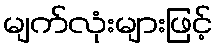
မျက်လုံးများဖြင့်